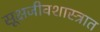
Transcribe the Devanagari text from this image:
सूक्षजीवशास्त्रात